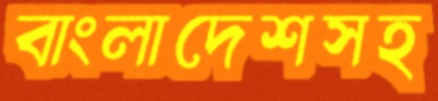
বাংলাদেশসহ